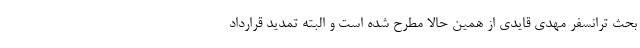
بحث ترانسفر مهدی قایدی از همین حالا مطرح شده است و البته تمدید قرارداد